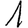
Digit: 1